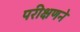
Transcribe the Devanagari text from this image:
परीक्षणने